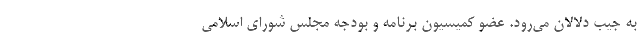
به جیب دلالان می‌رود. عضو کمیسیون برنامه و بودجه مجلس شورای اسلامی